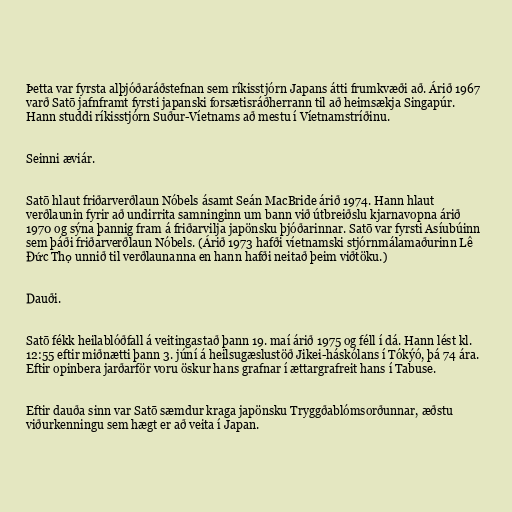
Þetta var fyrsta alþjóðaráðstefnan sem ríkisstjórn Japans átti frumkvæði að. Árið 1967
varð Satō jafnframt fyrsti japanski forsætisráðherrann til að heimsækja Singapúr.
Hann studdi ríkisstjórn Suður-Víetnams að mestu í Víetnamstríðinu.

Seinni æviár.

Satō hlaut friðarverðlaun Nóbels ásamt Seán MacBride árið 1974. Hann hlaut
verðlaunin fyrir að undirrita samninginn um bann við útbreiðslu kjarnavopna árið
1970 og sýna þannig fram á friðarvilja japönsku þjóðarinnar. Satō var fyrsti Asíubúinn
sem þáði friðarverðlaun Nóbels. (Árið 1973 hafði víetnamski stjórnmálamaðurinn Lê
Đức Thọ unnið til verðlaunanna en hann hafði neitað þeim viðtöku.)

Dauði.

Satō fékk heilablóðfall á veitingastað þann 19. maí árið 1975 og féll í dá. Hann lést kl.
12:55 eftir miðnætti þann 3. júní á heilsugæslustöð Jikei-háskólans í Tókýó, þá 74 ára.
Eftir opinbera jarðarför voru öskur hans grafnar í ættargrafreit hans í Tabuse.

Eftir dauða sinn var Satō sæmdur kraga japönsku Tryggðablómsorðunnar, æðstu
viðurkenningu sem hægt er að veita í Japan.